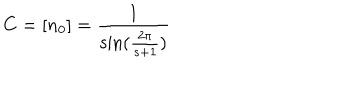
C = [ n _ { 0 } ] = \frac { 1 } { \sin ( \frac { 2 \pi } { s + 1 } ) }